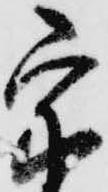
宗